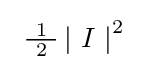
{\textstyle \ {\tfrac {\ 1\ }{2}}\left|\ I\ \right|^{2}\ }